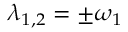
\lambda _ { 1 , 2 } = \pm \omega _ { 1 }